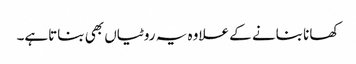
کھانا بنانے کے علاوہ یہ روٹیاں بھی بناتاہے۔